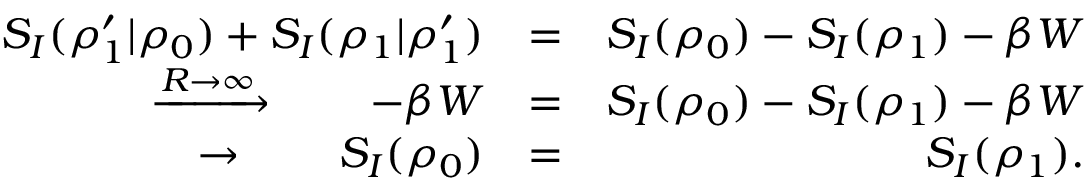
\begin{array} { r l r } { S _ { I } ( \rho _ { 1 } ^ { \prime } | \rho _ { 0 } ) + S _ { I } ( \rho _ { 1 } | \rho _ { 1 } ^ { \prime } ) } & { = } & { S _ { I } ( \rho _ { 0 } ) - S _ { I } ( \rho _ { 1 } ) - \beta W } \\ { \xrightarrow { R \rightarrow \infty } \qquad - \beta W } & { = } & { S _ { I } ( \rho _ { 0 } ) - S _ { I } ( \rho _ { 1 } ) - \beta W } \\ { \rightarrow \qquad S _ { I } ( \rho _ { 0 } ) } & { = } & { S _ { I } ( \rho _ { 1 } ) . } \end{array}